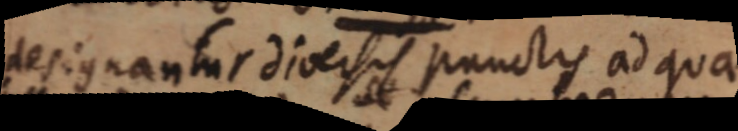
designantur diversis punctis ad quae